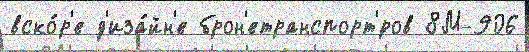
вско́р'е д'иза́йн'е брон'етранспорт'́ров 8М-906